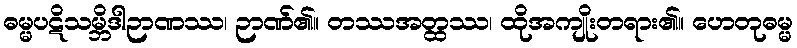
ဓမ္မပဋိသမ္ဘိဒါဉာဏဿ၊ ဉာဏ်၏။ တဿအတ္ထဿ၊ ထိုအကျိုးတရား၏။ ဟေတုဓမ္မ